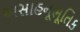
અસાહનૂભૂતિક